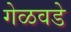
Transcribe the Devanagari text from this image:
गेळवडे